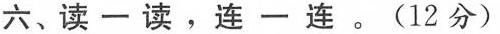
六、读一读，连一连。(12分)